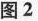
图2